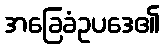
အခြေခံဥပဒေ၏